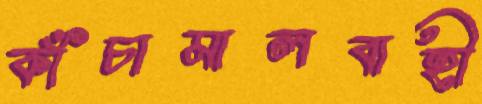
কাঁচামালবাহী